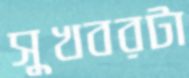
সুখবরটা